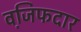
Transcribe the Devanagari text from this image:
वजि़फदार